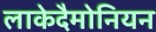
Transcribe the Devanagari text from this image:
लाकेदैमोनियन